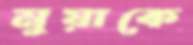
মুয়াকে